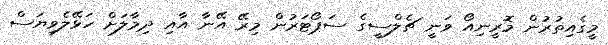
މީގެއިތުރުން މޮރީނިއޯ ވަނީ ޗެލްސީގެ ސަޕޯޓަރުން މިރޭ އޭނާ އާއި ދިމާލަށް ހަޅޭލެވިޔަސް